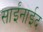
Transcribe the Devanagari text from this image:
साईंनाईद